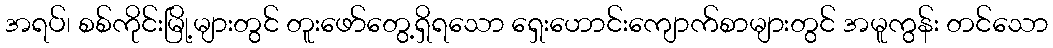
အရပ်၊ စစ်ကိုင်းမြို့များတွင် တူးဖော်တွေ့ရှိရသော ရှေးဟောင်းကျောက်စာများတွင် အမူကွန်း တင်သော